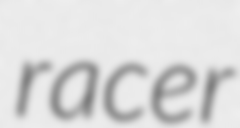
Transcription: racer